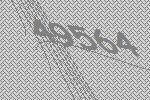
49564